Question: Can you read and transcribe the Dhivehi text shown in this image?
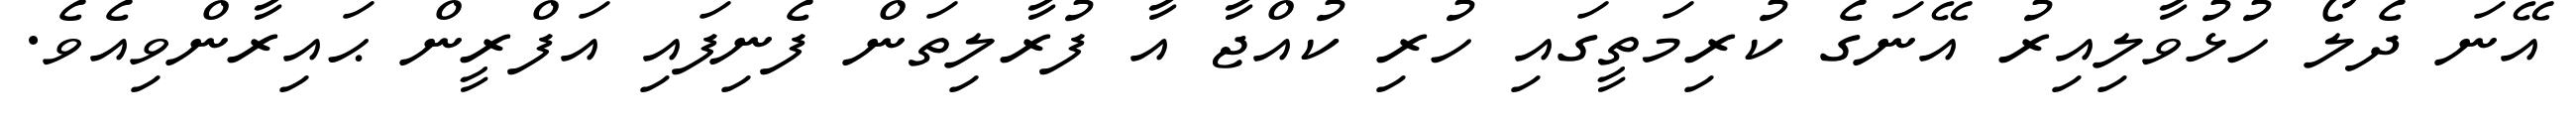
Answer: އޭނަ ދެލޯ ހުޅުވާލިއިރު އޭނަގެ ކުރިމަތީގައި ހުރި ކުއްޖާ އާ ފުރާލިތަން ފެނިފައި އަފްރީން ޙައިރާންވިއެވެ.